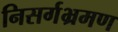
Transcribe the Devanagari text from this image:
निसर्गभ्रमण